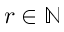
r \in \mathbb N